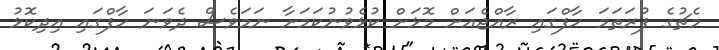
މެޗުގެ ފުރަތަމަ ހާފްގައި ރާއްޖެއަށް މޮޅަށް ކުޅެވުނުކަމަށާ ނަމަވެސް ދެވަނަ ހާފްގައި އިދިކޮޅު